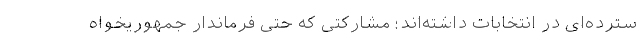
سترده‌ای در انتخابات داشته‌اند؛ مشارکتی که حتی فرماندار جمهوریخواه